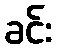
ခင်း